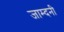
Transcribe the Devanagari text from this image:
जाम्दनी